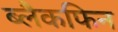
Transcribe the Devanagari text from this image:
ब्लैकफिन